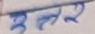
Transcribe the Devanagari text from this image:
हुन्।